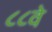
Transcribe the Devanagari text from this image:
८८वे